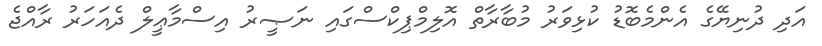
އަދި ދުނިޔޭގެ އެންމެބޮޑު ކުޅިވަރު މުބާރާތް އޮލިމްޕިކްސްގައި ނަޞީރު އިސްމާޢީލް ދެއަހަރު ރާއްޖެ